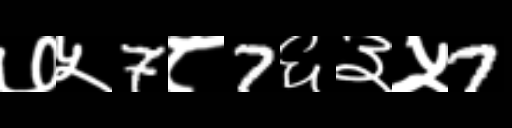
Text: ७५7८7६३५7